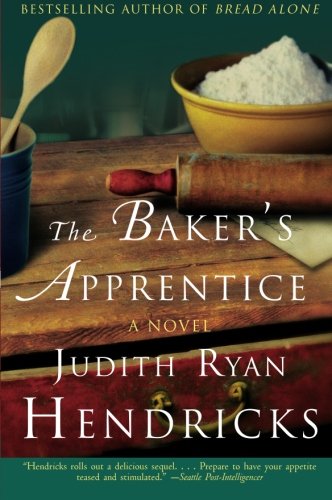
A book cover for The Baker's Apprentice: A Novel; Judith R. Hendricks; Literature & Fiction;